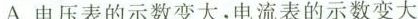
A.电压表的示数变大，电流表的示数变大